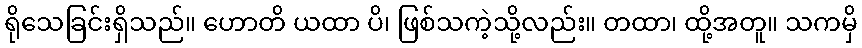
ရိုသေခြင်းရှိသည်။ ဟောတိ ယထာ ပိ၊ ဖြစ်သကဲ့သို့လည်း။ တထာ၊ ထို့အတူ။ သကမှိ